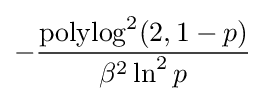
-{\frac {{\text{polylog}}^{2}(2,1-p)}{\beta ^{2}\ln ^{2}p}}